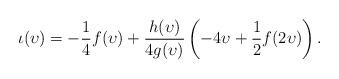
LaTeX: \begin{align*}\iota(\upsilon) = -\frac{1}{4}f(\upsilon) + \frac{h(\upsilon)}{4g(\upsilon)}\left(-4\upsilon + \frac 12 f(2\upsilon)\right).\end{align*}